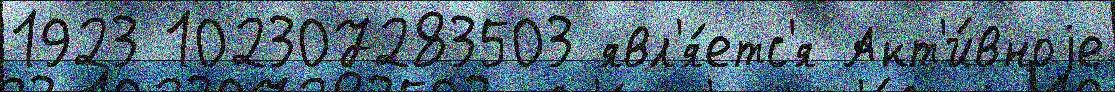
1923 102307283503 явл'я́етс'я Акт'и́вноjе